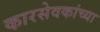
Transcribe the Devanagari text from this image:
कारसेवकांच्या